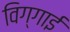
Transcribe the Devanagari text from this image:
विग्गाई